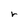
Character: r